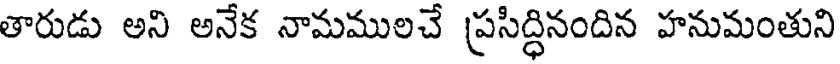
తారుడు అని అనేక నామములచే ప్రసిద్ధినందిన హనుమంతుని